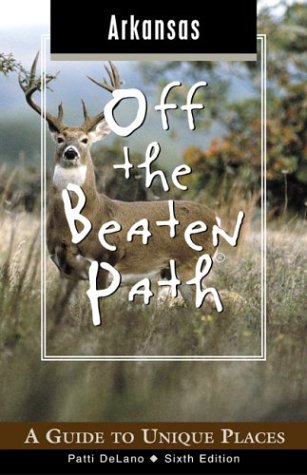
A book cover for Arkansas Off the Beaten Path, 6th: A Guide to Unique Places (Off the Beaten Path Series); Patti DeLano; Travel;